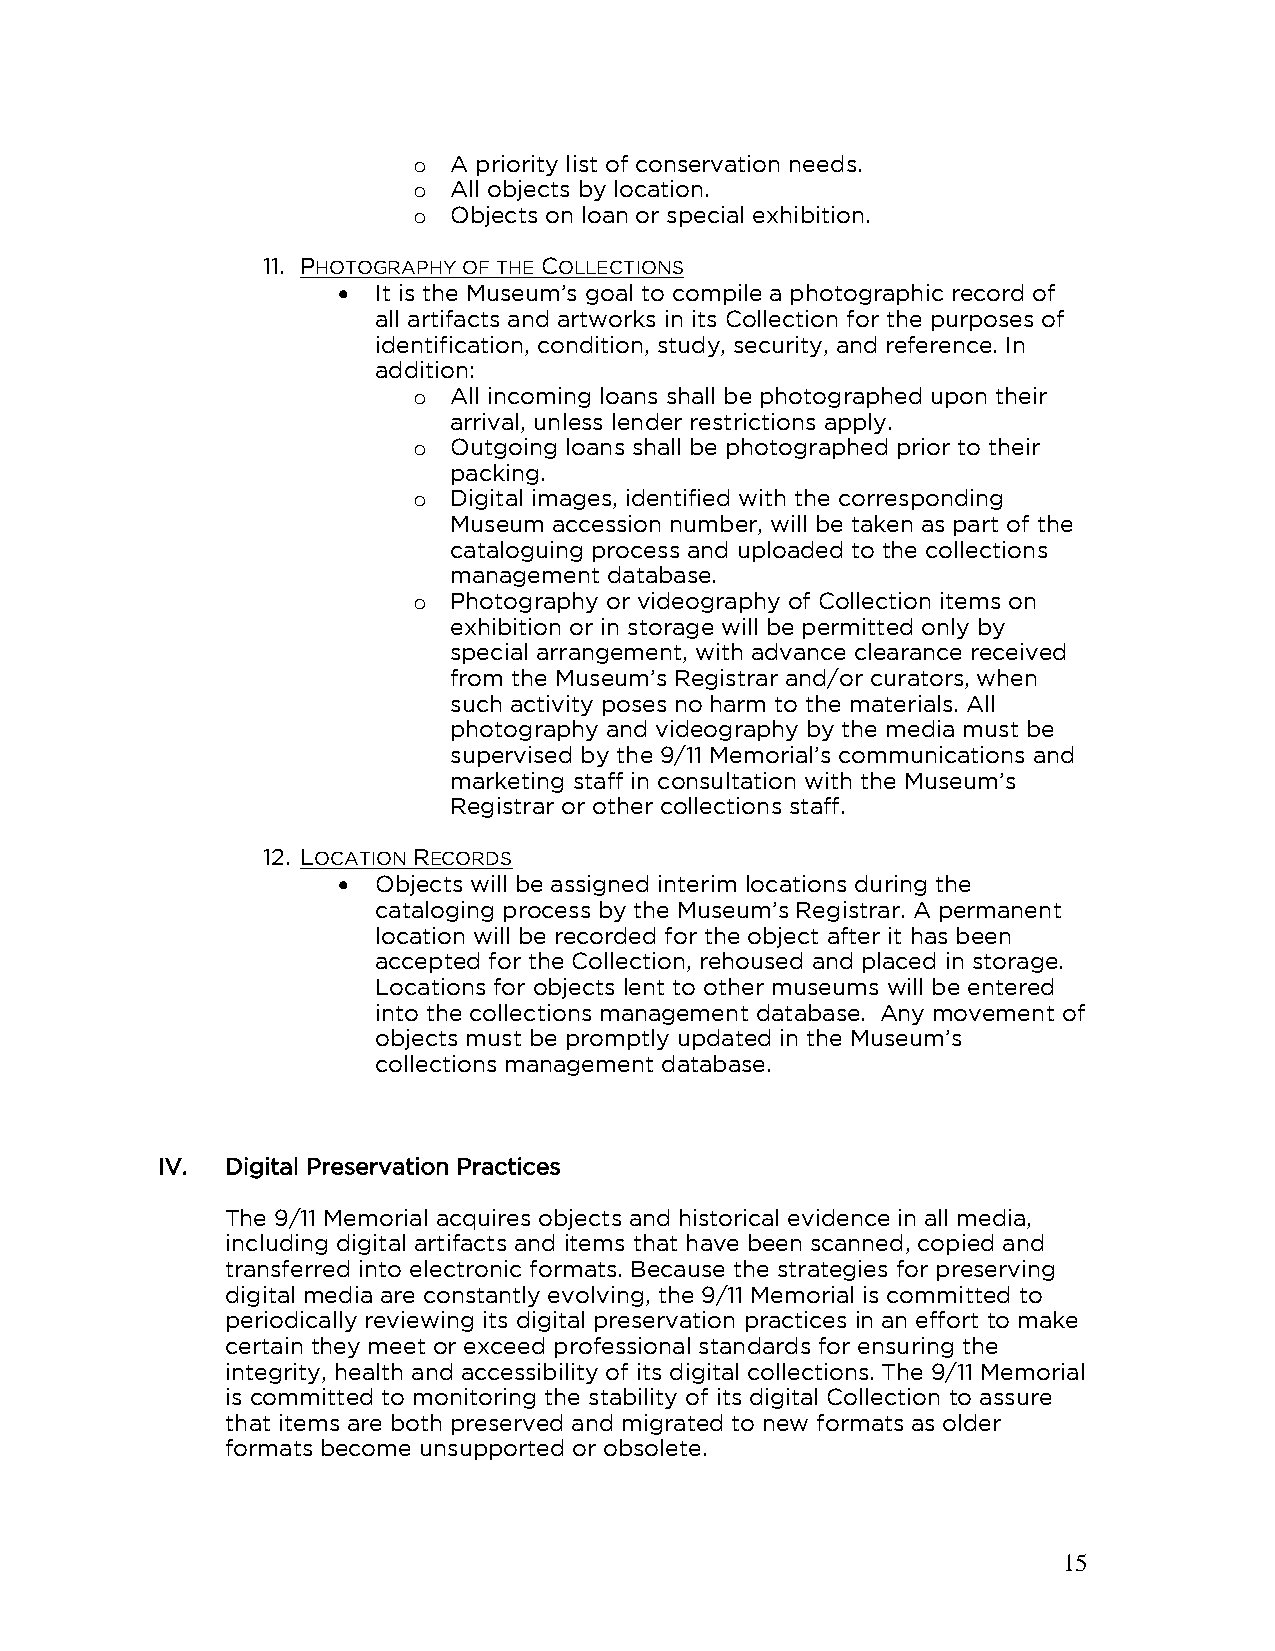
o  A priority list of conservation needs.
 o  All objects by location.
 o  Objects on loan or special exhibition.
 11. PHOTOGRAPHY OF THE COLLECTIONS
 •  It is the Museum’s goal to compile a photographic record of
 all artifacts and artworks in its Collection for the purposes of
 identification, condition, study, security, and reference. In
 addition:
 o  All incoming loans shall be photographed upon their
 arrival, unless lender restrictions apply.
 o  Outgoing loans shall be photographed prior to their
 packing.
 o  Digital images, identified with the corresponding
 Museum accession number, will be taken as part of the
 cataloguing process and uploaded to the collections
 management database.
 o  Photography or videography of Collection items on
 exhibition or in storage will be permitted only by
 special arrangement, with advance clearance received
 from the Museum’s Registrar and/or curators, when
 such activity poses no harm to the materials. All
 photography and videography by the media must be
 supervised by the 9/11 Memorial’s communications and
 marketing staff in consultation with the Museum’s
 Registrar or other collections staff.
 12. LOCATION RECORDS
 •  Objects will be assigned interim locations during the
 cataloging process by the Museum’s Registrar. A permanent
 location will be recorded for the object after it has been
 accepted for the Collection, rehoused and placed in storage.
 Locations for objects lent to other museums will be entered
 into the collections management database. Any movement of
 objects must be promptly updated in the Museum’s
 collections management database.
 IV.  Digital Preservation Practices
 The 9/11 Memorial acquires objects and historical evidence in all media,
 including digital artifacts and items that have been scanned, copied and
 transferred into electronic formats. Because the strategies for preserving
 digital media are constantly evolving, the 9/11 Memorial is committed to
 periodically reviewing its digital preservation practices in an effort to make
 certain they meet or exceed professional standards for ensuring the
 integrity, health and accessibility of its digital collections. The 9/11 Memorial
 is committed to monitoring the stability of its digital Collection to assure
 that items are both preserved and migrated to new formats as older
 formats become unsupported or obsolete.
 15